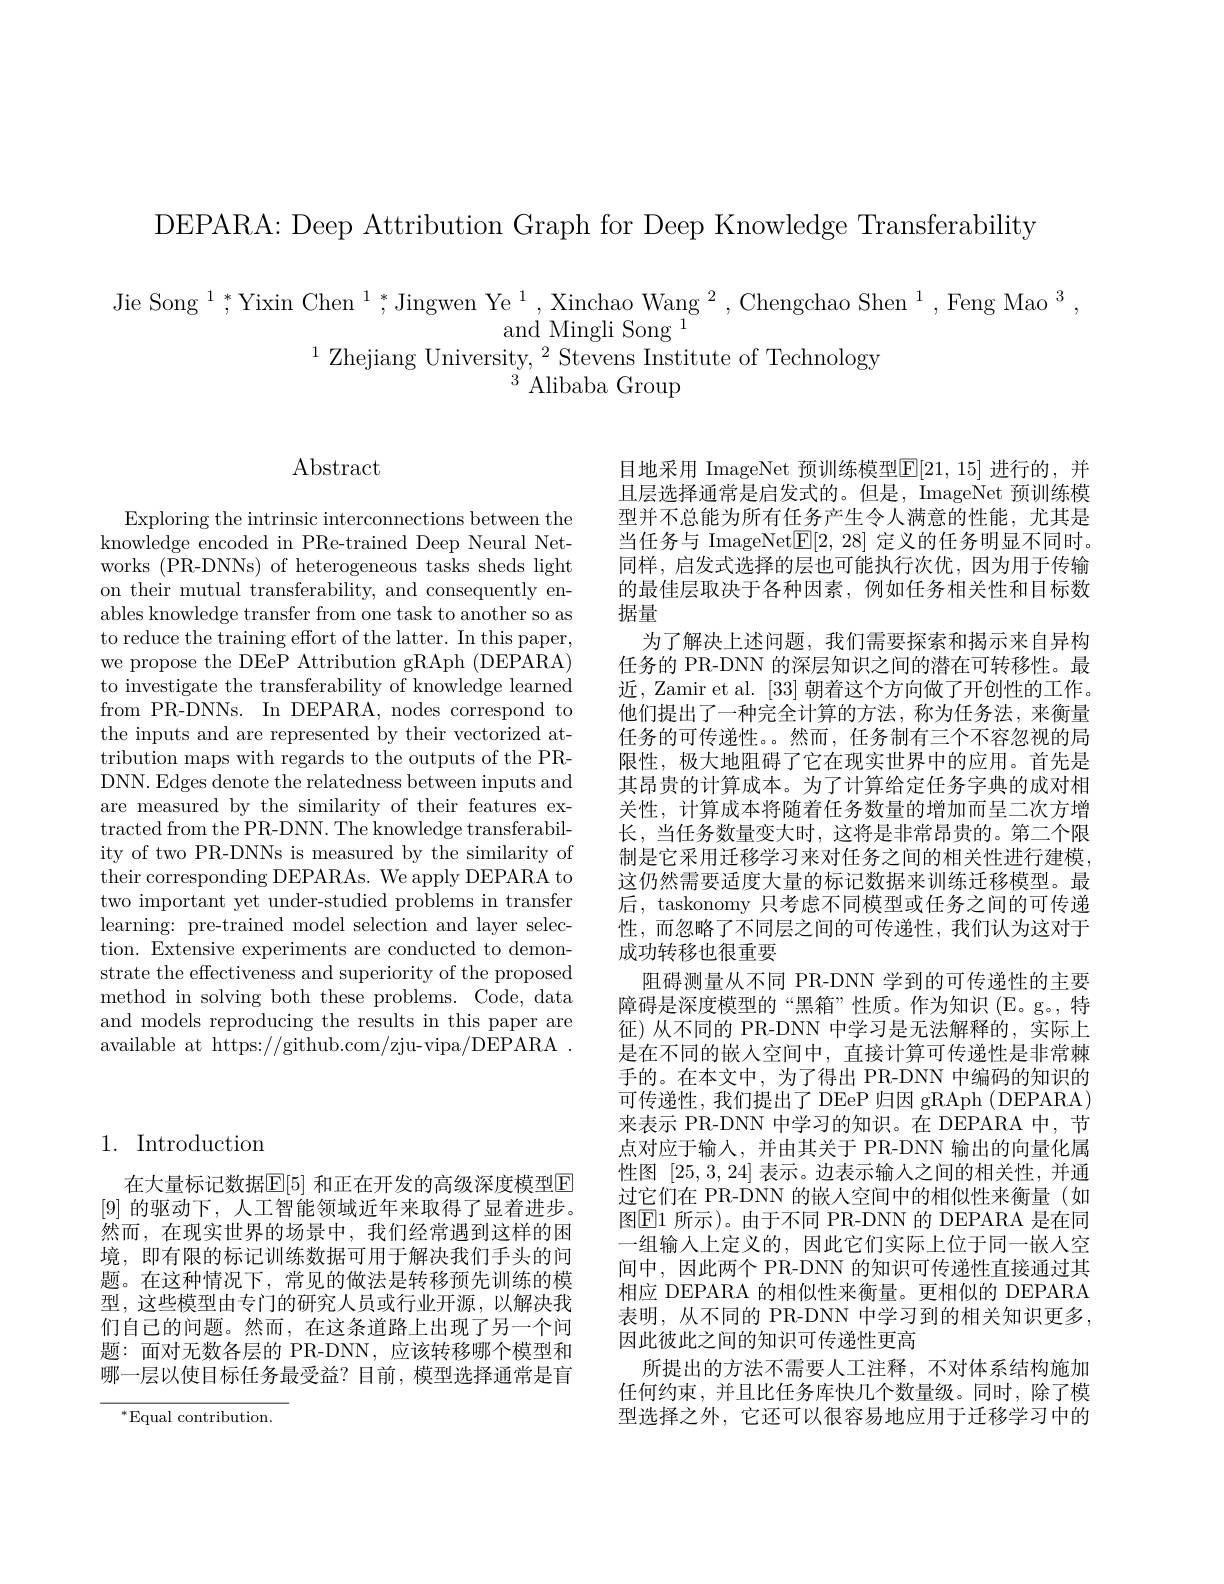
DEPARA: Deep Attribution Graph for Deep Knowledge Transferability

Jie Song $^1;^*$Yixin Chen $^1,^*$Jingwen Ye$^1,\text{Xinchao Wang}^2,\text{Chengchao Shen}^1,\text{Feng Mao}^3$,
and Mingli Song 1
$^{1}$Zhejiang University,$^2$Stevens Institute of Technology
$^{3}$ Alibaba Group

## Abstract

Exploring the intrinsic interconnections between the knowledge encoded in PRe-trained Deep Neural Networks (PR-DNNs) of heterogeneous tasks sheds light on their mutual transferability, and consequently enables knowledge transfer from one task to another so as to reduce the training effort of the latter. In this paper, we propose the DEeP Attribution gRAph (DEPARA) to investigate the transferability of knowledge learned from PR-DNNs. In DEPARA, nodes correspond to the inputs and are represented by their vectorized attribution maps with regards to the outputs of the PRDNN. Edges denote the relatedness between inputs and are measured by the similarity of their features extracted from the PR-DNN. The knowledge transferability of two PR-DNNs is measured by the similarity of their corresponding DEPARAs. We apply DEPARA to two important yet under-studied problems in transfer learning: pre-trained model selection and layer selection. Extensive experiments are conducted to demonstrate the effectiveness and superiority of the proposed method in solving both these problems. Code, data and models reproducing the results in this paper are available at https://github.com/zju-vipa/DEPARA~.

## 1. Introduction

在大量标记数据$\mathbb{E}[5]$ 和正在开发的高级深度模型E [9]的驱动下，人工智能领域近年来取得了显着进步。然而，在现实世界的场景中，我们经常遇到这样的困境，即有限的标记训练数据可用于解决我们手头的问题。在这种情况下，常见的做法是转移预先训练的模型，这些模型由专门的研究人员或行业开源，以解决我们自己的问题。然而，在这条道路上出现了另一个间题：面对无数各层的 PR-DNN,应该转移哪个模型和哪一层以使目标任务最受益？目前，模型选择通常是盲

$^{*}$Equal contribution.

目地采用 ImageNet 预训练模型$\mathbb{E}[21,15]$ 进行的，并且层选择通常是启发式的。但是，ImageNet 预训练模型并不总能为所有任务产生令人满意的性能，尤其是当任务与 ImageNet$\underline{\mathrm{E}}[2,28]$定义的任务明显不同时。同样，启发式选择的层也可能执行次优，因为用于传输的最佳层取决于各种因素，例如任务相关性和目标数据量
为了解决上述问题，我们需要探索和揭示来自异构任务的 PR-DNN 的深层知识之间的潜在可转移性。最近，Zamir et al. [33]朝着这个方向做了开创性的工作。他们提出了一种完全计算的方法，称为任务法，来衡量任务的可传递性。。然而，任务制有三个不容忽视的局限性，极大地阻碍了它在现实世界中的应用。首先是其昂贵的计算成本。为了计算给定任务字典的成对相关性，计算成本将随着任务数量的增加而呈二次方增长，当任务数量变大时，这将是非常昂贵的。第二个限制是它采用迁移学习来对任务之间的相关性进行建模， 这仍然需要适度大量的标记数据来训练迁移模型。最后，taskonomy 只考虑不同模型或任务之间的可传递性，而忽略了不同层之间的可传递性，我们认为这对于成功转移也很重要
阻碍测量从不同 PR-DNN 学到的可传递性的主要障碍是深度模型的“黑箱”性质。作为知识(E。g。,特征)从不同的 PR-DNN 中学习是无法解释的，实际上是在不同的嵌入空间中，直接计算可传递性是非常棘手的。在本文中，为了得出 PR-DNN 中编码的知识的可传递性，我们提出了 DEeP 归因 gRAph (DEPARA) 来表示 PR-DNN 中学习的知识。在 DEPARA 中，节点对应于输入，并由其关于 PR-DNN 输出的向量化属性图[25,3,24]表示。边表示输入之间的相关性，并通过它们在 PR-DNN 的嵌人空间中的相似性来衡量(如图$\boxed{\mathrm{E}}1$ 所示)。由于不同 PR-DNN 的 DEPARA 是在同一组输入上定义的，因此它们实际上位于同一嵌人空间中，因此两个 PR-DNN 的知识可传递性直接通过其相应 DEPARA 的相似性来衡量。更相似的 DEPARA 表明，从不同的 PR-DNN 中学习到的相关知识更多， 因此彼此之间的知识可传递性更高
所提出的方法不需要人工注释，不对体系结构施加任何约束，并且比任务库快几个数量级。同时，除了模型选择之外，它还可以很容易地应用于迁移学习中的